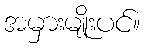
အမှားမျိုးပင်။